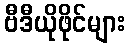
ဗီဒီယိုဖိုင်များ